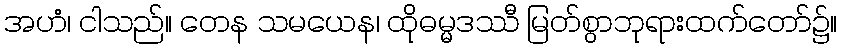
အဟံ၊ ငါသည်။ တေန သမယေန၊ ထိုဓမ္မဒဿီ မြတ်စွာဘုရားထက်တော်၌။